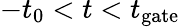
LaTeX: -t_{0}<t<t_{\mathrm{gate}}